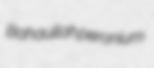
Bahaullah peronium